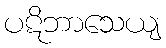
ပဋိဘာသေယျ